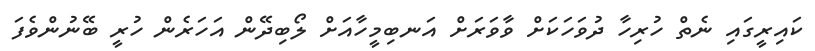
ކައިރީގައި ނެތް ހުރިހާ ދުވަހަކަށް ވާވަރަށް އަނބިމީހާއަށް ލޯބިދޭން އަހަރެން ހުރީ ބޭނުންވެފަ